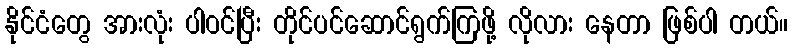
နိုင်ငံတွေ အားလုံး ပါဝင်ပြီး တိုင်ပင်ဆောင်ရွက်ကြဖို့ လိုလား နေတာ ဖြစ်ပါ တယ်။